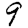
Digit: 9